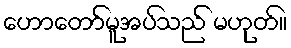
ဟောတော်မူအပ်သည် မဟုတ်။